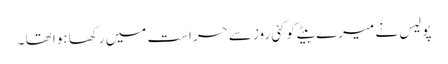
پولیس نے میرے بیٹے کوکئی روز سے حراست میں رکھا ہوا تھا ۔